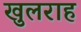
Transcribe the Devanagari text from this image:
खुलराह